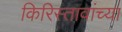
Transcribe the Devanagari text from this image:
किरिस्तावांच्या